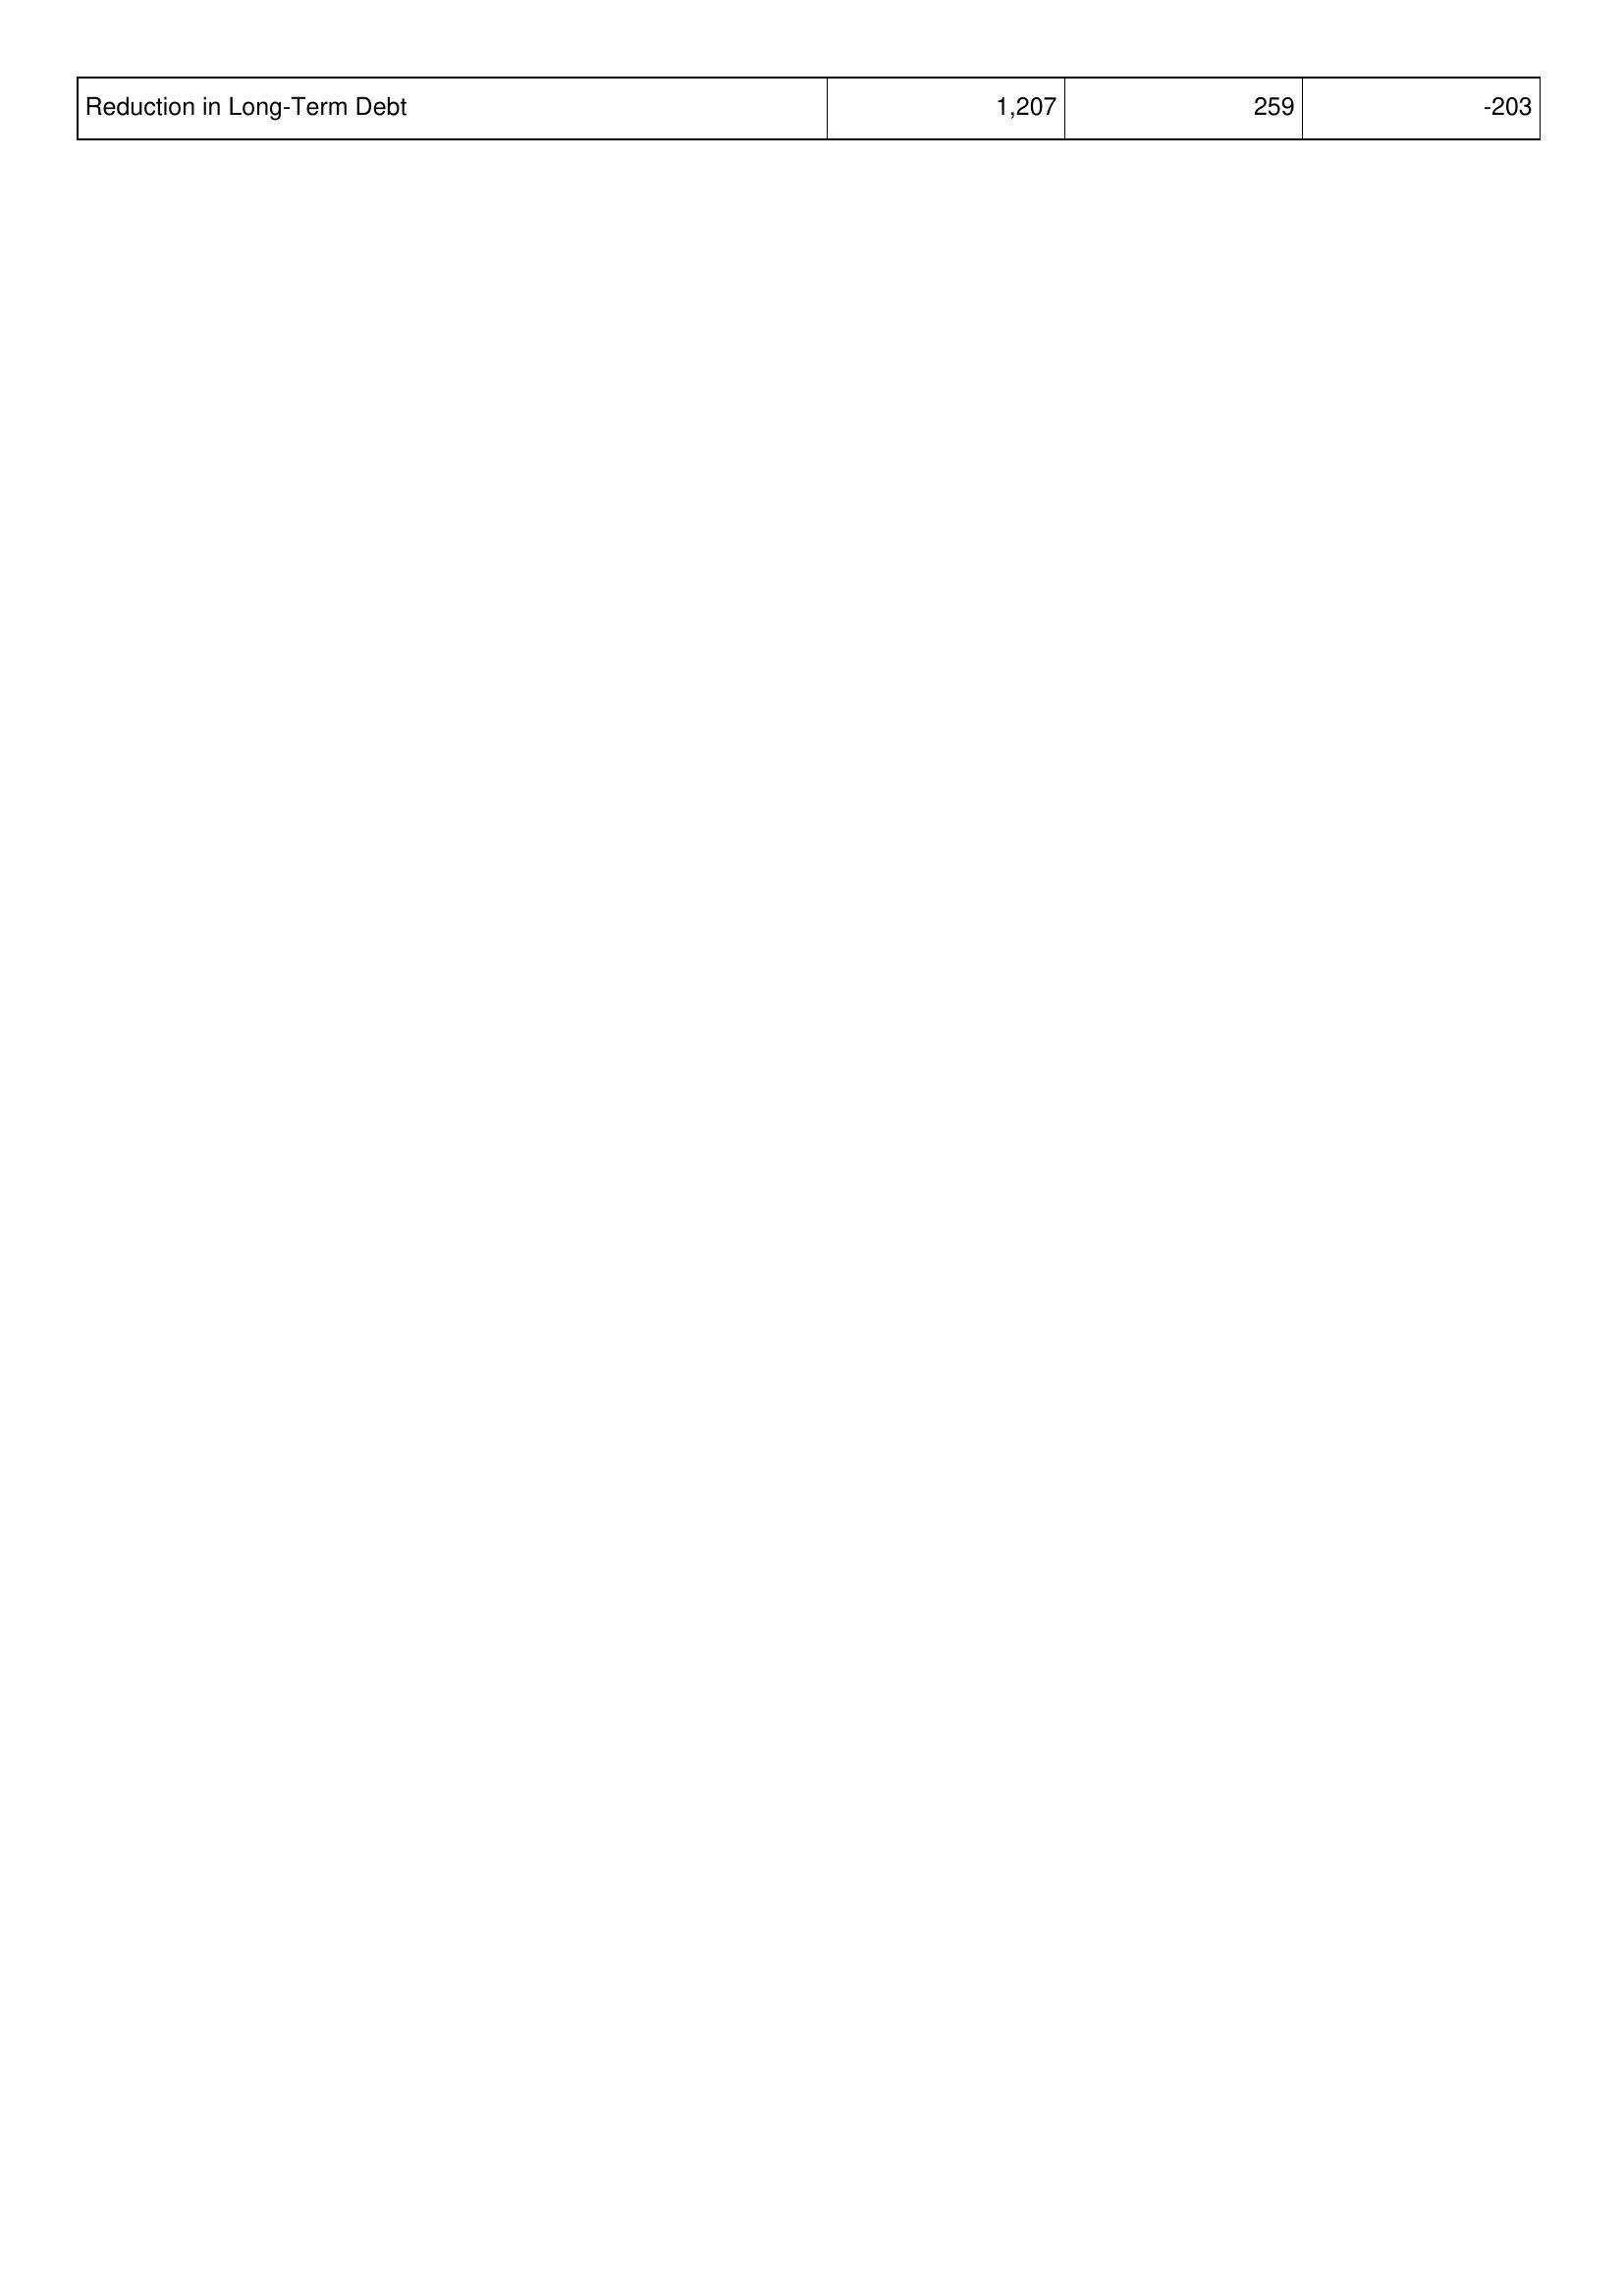
2022: Financing Activities: Reduction in Long-Term Debt: 1,207
2023: Financing Activities: Reduction in Long-Term Debt: 259
2024: Financing Activities: Reduction in Long-Term Debt: -203